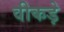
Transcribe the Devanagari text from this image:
वीकड़े